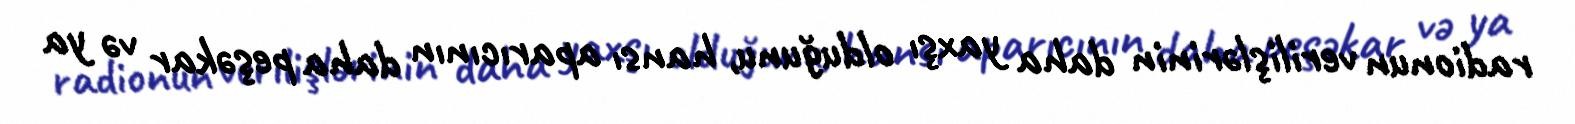
radionun verilişlərinin daha yaxşı olduğunu, hansı aparıcının daha peşəkar və ya